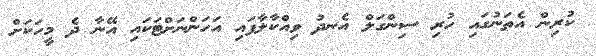
ކުރިން އެތަނުގައި ހުރި ސިންގަލް އެނދު ވިއްކާލާފައި އަހަންނަށްޓަކައި އޭނާ ދެ މީހަކަށް